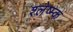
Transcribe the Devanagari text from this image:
श्लेष्म्क